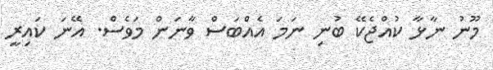
މޫނު ނާޅާ ކުއްޖެކޭ ބުނި ނަމަ އެއްބަސް ވާނަން މަވެސް. އޭނަ ކައިރީ